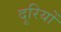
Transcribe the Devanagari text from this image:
दूरियोँ